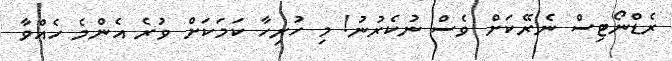
ރެޑްނޯޓިސް ނެރޭކަށް ވެސް ނުކެރުނު! މި ހުރިހާ ކަމަކަށް ވުރެ އެންމެ ހެއްވާ